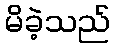
မိခဲ့သည်